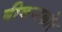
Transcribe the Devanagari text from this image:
बीकमकोर